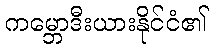
ကမ္ဘောဒီးယားနိုင်ငံ၏